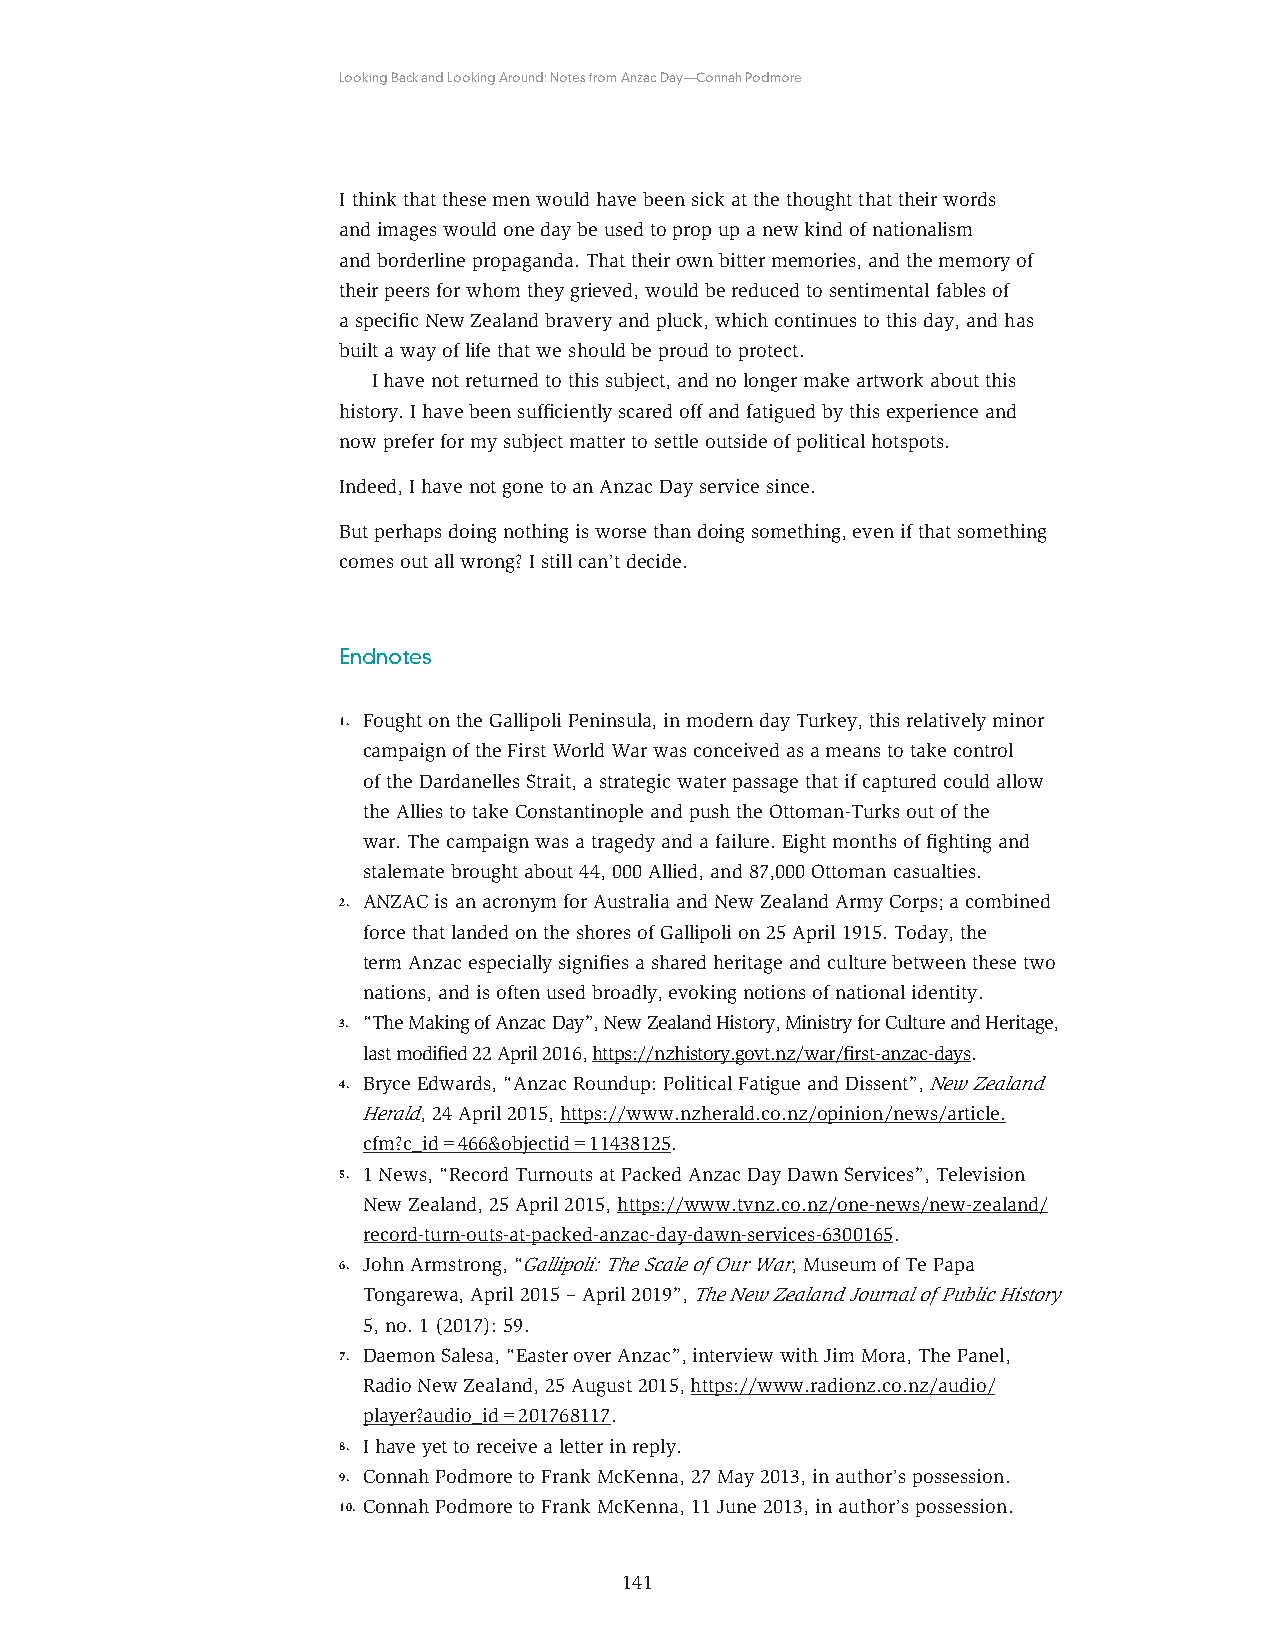
Looking Back and Looking Around: Notes from Anzac Day—Connah Podmore
 I think that these men would have been sick at the thought that their words
 and images would one day be used to prop up a new kind of nationalism
 and borderline propaganda. That their own bitter memories, and the memory of
 their peers for whom they grieved, would be reduced to sentimental fables of
 a specific New Zealand bravery and pluck, which continues to this day, and has
 built a way of life that we should be proud to protect.
 I have not returned to this subject, and no longer make artwork about this
 history. I have been sufficiently scared off and fatigued by this experience and
 now prefer for my subject matter to settle outside of political hotspots.
 Indeed, I have not gone to an Anzac Day service since.
 But perhaps doing nothing is worse than doing something, even if that something
 comes out all wrong? I still can’t decide.
 Endnotes
 1. Fought on the Gallipoli Peninsula, in modern day Turkey, this relatively minor
 campaign of the First World War was conceived as a means to take control
 of the Dardanelles Strait, a strategic water passage that if captured could allow
 the Allies to take Constantinople and push the Ottoman-Turks out of the
 war. The campaign was a tragedy and a failure. Eight months of fighting and
 stalemate brought about 44, 000 Allied, and 87,000 Ottoman casualties.
 2. ANZAC is an acronym for Australia and New Zealand Army Corps; a combined
 force that landed on the shores of Gallipoli on 25 April 1915. Today, the
 term Anzac especially signifies a shared heritage and culture between these two
 nations, and is often used broadly, evoking notions of national identity.
 3. “The Making of Anzac Day”, New Zealand History, Ministry for Culture and Heritage,
 last modified 22 April 2016, https://nzhistory.govt.nz/war/first-anzac-days.
 4. Bryce Edwards, “Anzac Roundup: Political Fatigue and Dissent”, New Zealand
 Herald, 24 April 2015, https://www.nzherald.co.nz/opinion/news/article.
 cfm?c_id=466&objectid=11438125.
 5. 1 News, “Record Turnouts at Packed Anzac Day Dawn Services”, Television
 New Zealand, 25 April 2015, https://www.tvnz.co.nz/one-news/new-zealand/
 record-turn-outs-at-packed-anzac-day-dawn-services-6300165.
 6. John Armstrong, “Gallipoli: The Scale of Our War, Museum of Te Papa
 Tongarewa, April 2015 – April 2019”, The New Zealand Journal of Public History
 5, no. 1 (2017): 59.
 7. Daemon Salesa, “Easter over Anzac”, interview with Jim Mora, The Panel,
 Radio New Zealand, 25 August 2015, https://www.radionz.co.nz/audio/
 player?audio_id=201768117.
 8. I have yet to receive a letter in reply.
 9. Connah Podmore to Frank McKenna, 27 May 2013, in author’s possession.
 10. Connah Podmore to Frank McKenna, 11 June 2013, in author’s possession.
 141